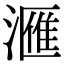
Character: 𣾀